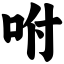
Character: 咐